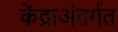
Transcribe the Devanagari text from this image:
केंद्राअंतर्गत